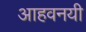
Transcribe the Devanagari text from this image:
आहवनयी